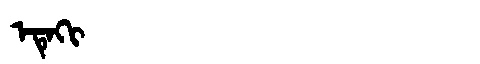
Manchu: ᡝᡨᡝᡴᡳ
Romanization: ETEKI